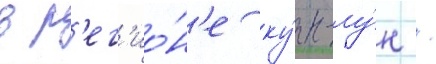
в р'ег'ио́н'е ку́н-лу́н /